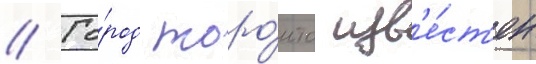
// Го́род торо́нто изв'е́ст'ен